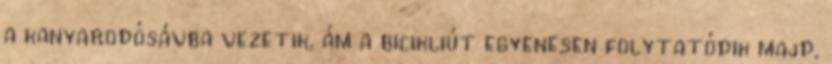
a kanyarodósávba vezetik, ám a bicikliút egyenesen folytatódik majd,